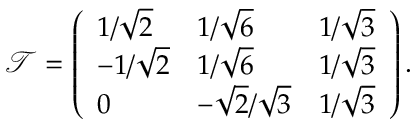
\mathscr { T } = \left( \begin{array} { l l l } { 1 / \sqrt { 2 } } & { 1 / \sqrt { 6 } } & { 1 / \sqrt { 3 } } \\ { - 1 / \sqrt { 2 } } & { 1 / \sqrt { 6 } } & { 1 / \sqrt { 3 } } \\ { 0 } & { - \sqrt { 2 } / \sqrt { 3 } } & { 1 / \sqrt { 3 } } \end{array} \right) .